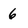
Character: 6